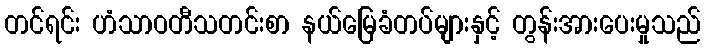
တင်ရင်း ဟံသာဝတီသတင်းစာ နယ်မြေခံတပ်များနှင့် တွန်းအားပေးမှုသည်